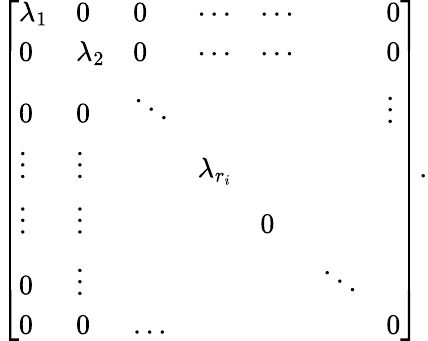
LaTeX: {\left[\begin{array}{lllllll}{\lambda_{1}}&{0}&{0}&{\cdots}&{\cdots}&{}&{0}\\ {0}&{\lambda_{2}}&{0}&{\cdots}&{\cdots}&{}&{0}\\ {0}&{0}&{\ddots}&{}&{}&{}&{\vdots}\\ {\vdots}&{\vdots}&{}&{\lambda_{r_{i}}}&{}&{}\\ {\vdots}&{\vdots}&{}&{}&{0}&{}\\ {0}&{\vdots}&{}&{}&{}&{\ddots}\\ {0}&{0}&{\ldots}&{}&{}&{}&{0}\end{array}\right]}.